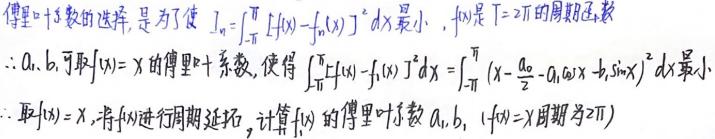
傅里叶系数的选择, 是为了使 $I_{n}=\int_{-\pi}^{\pi}[f(x)-f_{n}(x)]^{2}dx$ 最小. $f(x)$ 是 $T = 2\pi$ 的周期函数

$\therefore a_{1},b_{1}$ 可取 $f(x)=x$ 的傅里叶系数, 使得 $\int_{-\pi}^{\pi}[f(x)-f_{1}(x)]^{2}dx=\int_{-\pi}^{\pi}(x - \frac{a_{0}}{2}-a_{1}\cos x - b_{1}\sin x)^{2}dx$ 最小.

$\therefore$ 取 $f(x)=x$, 将 $f(x)$ 进行周期延拓, 计算 $f(x)$ 的傅里叶系数 $a_{1},b_{1}$ ($f(x)=x$ 周期为 $2\pi$)